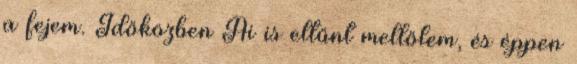
a fejem. Időközben Ai is eltűnt mellőlem, és éppen